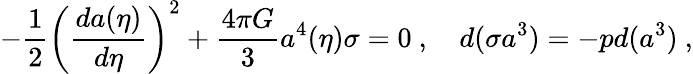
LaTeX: -{\frac{1}{2}}\left({\frac{da(\eta)}{d\eta}}\right)^{2}+{\frac{4\pi G}{3}}a^{4}(\eta)\sigma=0\ ,\quad d(\sigma a^{3})=-pd(a^{3})\ ,